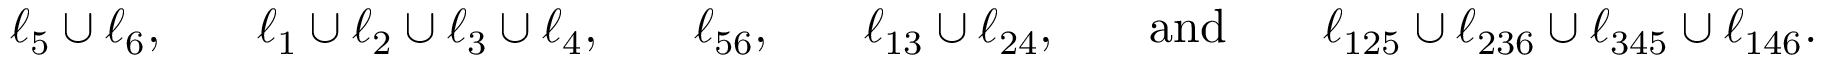
\begin{array} { r l r l r l r l r l r l } & { \ell _ { 5 } \cup \ell _ { 6 } , } & & { \ell _ { 1 } \cup \ell _ { 2 } \cup \ell _ { 3 } \cup \ell _ { 4 } , } & & { \ell _ { 5 6 } , } & & { \ell _ { 1 3 } \cup \ell _ { 2 4 } , } & & { \mathrm { a n d } } & & { \ell _ { 1 2 5 } \cup \ell _ { 2 3 6 } \cup \ell _ { 3 4 5 } \cup \ell _ { 1 4 6 } . } \end{array}